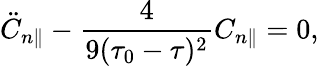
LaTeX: \ddot{C}_{n\parallel}-\frac{4}{9(\tau_{0}-\tau)^{2}}C_{n\parallel}=0,